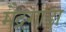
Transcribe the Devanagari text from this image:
मैद्रगाडा